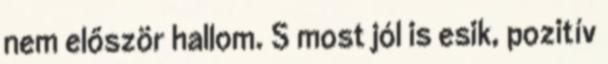
nem először hallom. S most jól is esik, pozitív